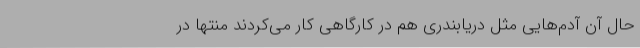
حال آن آدم‌هایی مثل دریابندری هم در کارگاهی کار می‌کردند منتها در